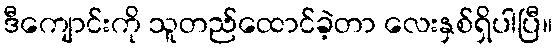
ဒီကျောင်းကို သူတည်ထောင်ခဲ့တာ လေးနှစ်ရှိပါပြီ။